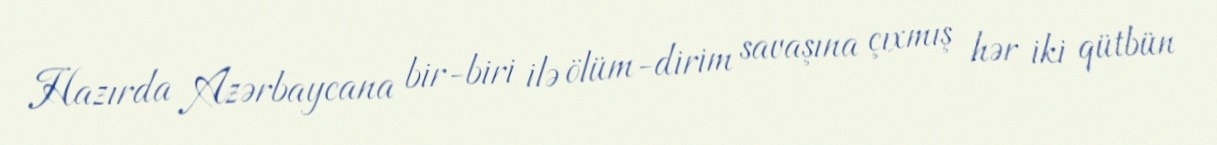
Hazırda Azərbaycana bir-biri ilə ölüm-dirim savaşına çıxmış hər iki qütbün